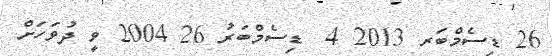
26 ޑިސެމްބަރ 2013 4  ޑިސެމްބަރު 26 2004 ވީ ދުވަހަށް